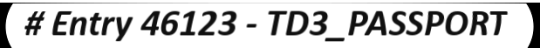
# Entry 46123 - TD3_PASSPORT